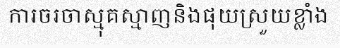
ការចរចាស្មុគស្មាញនិងផុយស្រួយខ្លាំង